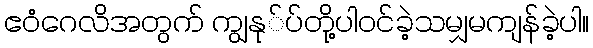
ဧဝံဂေလိအတွက် ကျွနု်ပ်တို့ပါဝင်ခဲ့သမျှမကျန်ခဲ့ပါ။